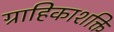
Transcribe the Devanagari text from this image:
ग्राहिकाशक्ति